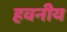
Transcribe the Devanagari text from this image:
हवनीय